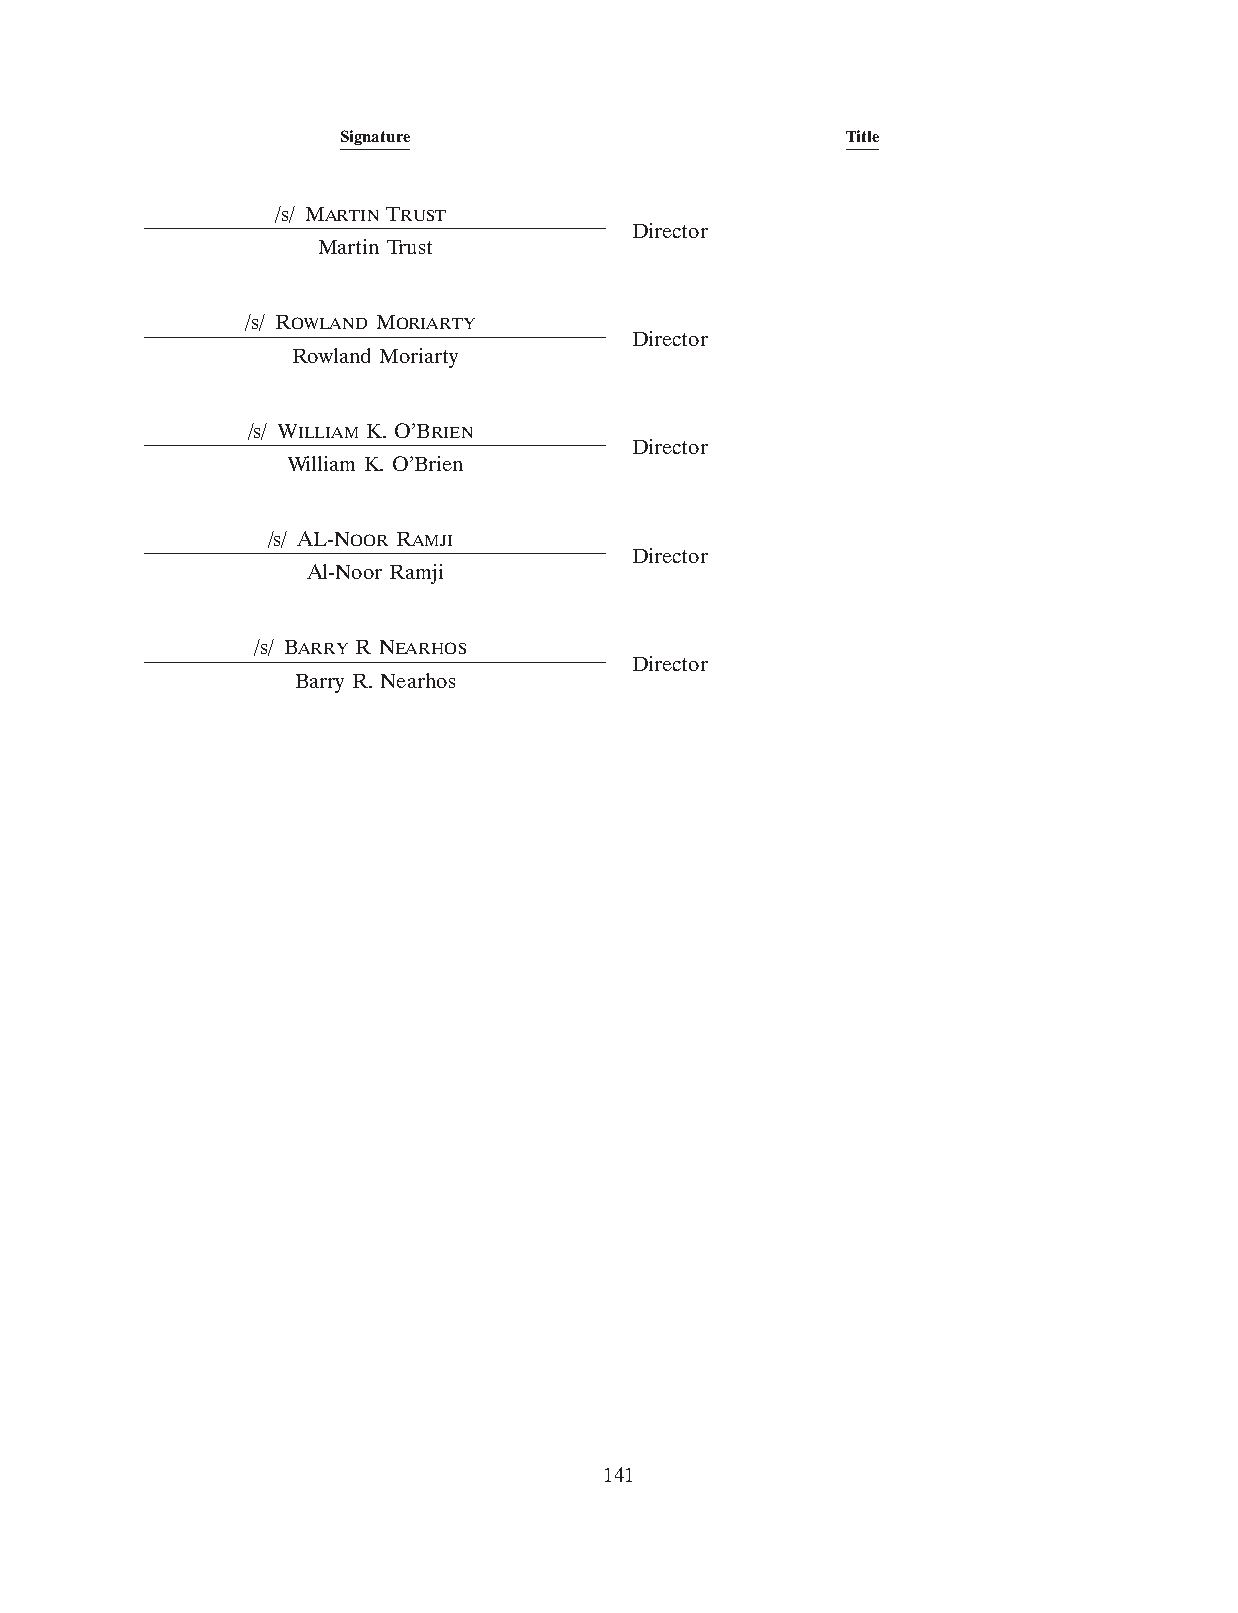
Signature                        Title
 /s/ MARTIN TRUST
 Director
 Martin Trust
 /s/ ROWLAND MORIARTY
 Director
 Rowland Moriarty
 /s/ WILLIAM K. O’BRIEN
 Director
 William K. O’Brien
 /s/ AL-NOOR RAMJI
 Director
 Al-Noor Ramji
 /s/ BARRY R NEARHOS
 Director
 Barry R. Nearhos
 141